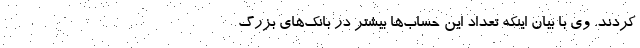
کردند. وی با بیان اینکه تعداد این حساب‌ها بیشتر در بانک‌های بزرگ